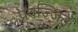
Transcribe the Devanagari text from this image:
प्रवज्जित